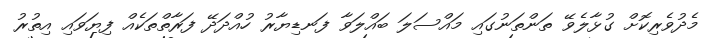
މެދުވެރިކޮށް ގުޅާލެވޭ ތަންތަނުގައި މައްސަލަ ބައްލަވާ ފަނޑިޔާރު ހުއްދަދޭ ފަރާތްތަކެއް ފިޔަވައި އިތުރު